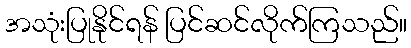
အသုံးပြုနိုင်ရန် ပြင်ဆင်လိုက်ကြသည်။